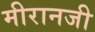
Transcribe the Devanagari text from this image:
मीरानजी